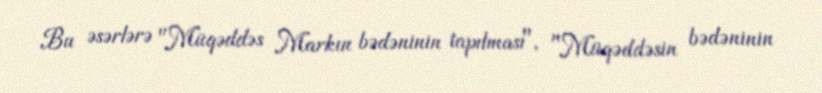
Bu əsərlərə "Müqəddəs Markın bədəninin tapılması", "Müqəddəsin bədəninin